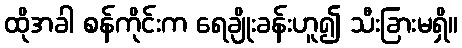
ထိုအခါ စန်ကိုင်းက ရေချိုးခန်းဟူ၍ သီးခြားမရှိ။